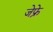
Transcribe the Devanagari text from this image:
जेफ्रे